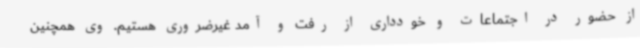
از حضور در اجتماعات و خودداری از رفت و آمد غیرضروری هستیم. وی همچنین